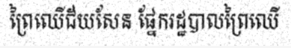
ព្រៃឈើជ័យសែន ផ្នែករដ្ឋបាលព្រៃឈើ